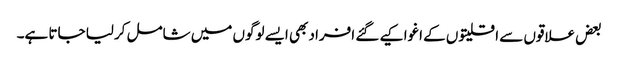
بعض علاقوں سے اقلیتوں کے اغوا کیے گئے افراد بھی ایسے لوگوں میں شامل کرلیا جاتا ہے۔